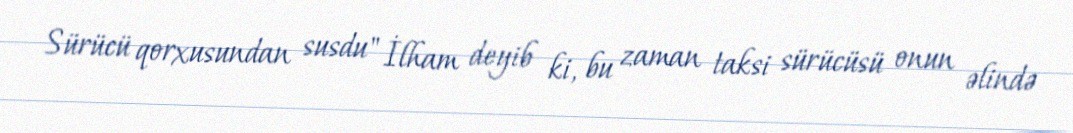
Sürücü qorxusundan susdu" İlham deyib ki, bu zaman taksi sürücüsü onun əlində